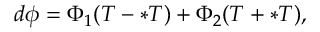
d \phi = \Phi _ { 1 } ( T - \ast T ) + \Phi _ { 2 } ( T + \ast T ) ,